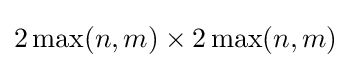
2\max(n,m)\times 2\max(n,m)